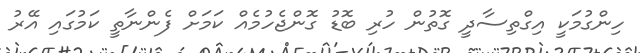
ހިންގުމަކީ އިގްތިސާދީ ގޮތުން ހުރި ބޮޑު ގޮންޖެހުމެއް ކަމަށް ފެންނާތީ ކަމުގައި އޭރު